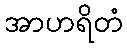
အာဟရိတံ